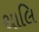
થાલિ